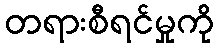
တရားစီရင်မှုကို